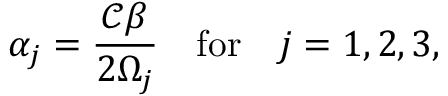
\alpha _ { j } = \frac { \mathscr { C } \beta } { 2 \Omega _ { j } } \quad \mathrm { f o r } \quad j = 1 , 2 , 3 ,